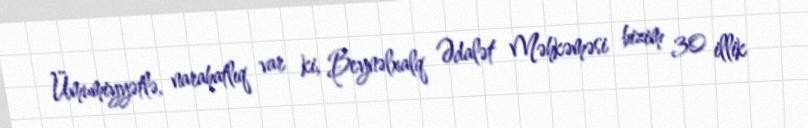
Ümumiyyətlə, narahatlıq var ki, Beynəlxalq Ədalət Məhkəməsi bizim 30 illik